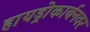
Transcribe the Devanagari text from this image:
हायड्रोकार्बनवर